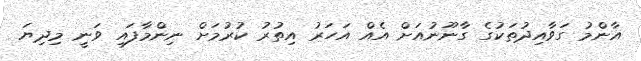
އާންމު ގަވާއިދުތަކުގެ ގާނޫނުއަށް އެއް އަހަރު އިތުރު ކުރުމަށް ނިންމާފައި ވަނީ މިދިޔަ